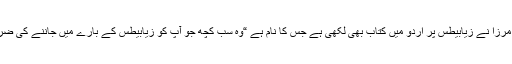
ڈاکٹر لبنیٰ مرزا نے زیابیطس پر اردو میں کتاب بھی لکھی ہے جس کا نام ہے “وہ سب کچھ جو آپ کو زیابیطس کے بارے میں‌ جاننے کی ضرورت ہے۔